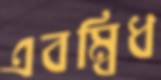
এবম্বিধ